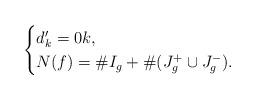
LaTeX: \begin{align*}\begin{cases}d'_k=0 k, \\N(f) = \# I_g + \#(J^+_g \cup J_g^-).\end{cases}\end{align*}